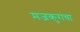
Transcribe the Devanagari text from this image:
मजकुरांचा